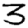
Digit: 3